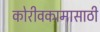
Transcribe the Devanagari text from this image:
कोरीवकामासाठी